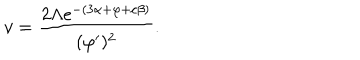
v = \frac { 2 \Lambda \mathrm { e } ^ { - ( 3 \alpha + \varphi + c \beta ) } } { ( \varphi ^ { \prime } ) ^ { 2 } } .